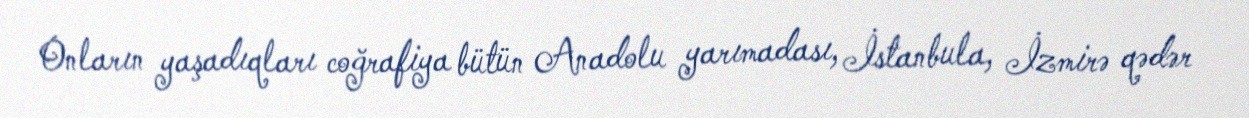
Onların yaşadıqları coğrafiya bütün Anadolu yarımadası, İstanbula, İzmirə qədər